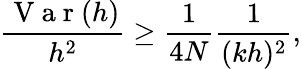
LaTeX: \frac{\mathrm{~V~a~r~}(h)}{h^{2}}\geq\frac{1}{4N}\frac{1}{(kh)^{2}},